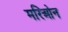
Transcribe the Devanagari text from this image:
मरिओन